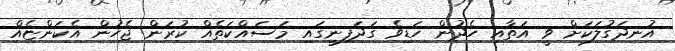
އުނދަގުލަކަށް ވީ އަތާއި ހެދުން ހަޑިވެ ގަދަފިނީގައި މަސައްކަތެއް ކުރަން ޖެހުން އެކަންޏެއް